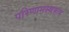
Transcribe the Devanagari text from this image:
परिणामस्वरूप